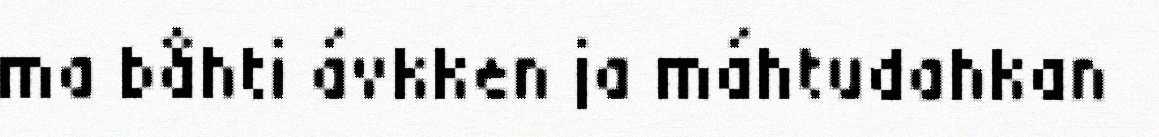
ma båhti ávkken ja máhtudahkan